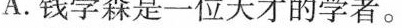
A.钱学森是一位天才的学者。